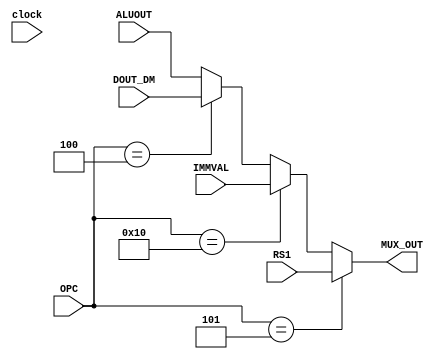
module finalmux(MUX_OUT, RS1,IMMVAL,DOUT_DM,ALUOUT,OPC,clock);
input [31:0]RS1;
input [31:0]IMMVAL;
input [31:0]DOUT_DM;
input [31:0]ALUOUT;
input [5:0]OPC;
input clock;
output [31:0]MUX_OUT;
reg [31:0]MUX_OUT;
reg [31:0]rs1;
reg [31:0]immval;
reg [31:0]dout_dm;
reg [31:0]aluout;


parameter NOP = 6'b0;
parameter ADD = 6'b1;
parameter SUB = 6'b10;
parameter STORE = 6'b11;
parameter LOAD= 6'b100;
parameter MOVE = 6'b101;
parameter SGE = 6'b110;
parameter SLE = 6'b111;
parameter SGT = 6'b1000;
parameter SLT = 6'b1001;
parameter SEQ = 6'b1010;
parameter SNE = 6'b1011;
parameter AND = 6'b1100;
parameter OR = 6'b1101;
parameter XOR= 6'b1110;
parameter NOT = 6'b1111;
parameter MOVEI = 6'b10000;
parameter SLI = 6'b10001;
parameter SRI = 6'b10010;
parameter ADDI = 6'b10011;
parameter SUBI = 6'b10100;
parameter JUMP = 6'b10101;
parameter BRA = 6'b10110;
parameter ADDF = 6'b10111;
parameter MULF = 6'b 11000;

/*always @(posedge clock)
begin
rs1<=RS1;
end

always @(posedge clock)
begin
immval<=IMMVAL;
end

always @(posedge clock)
begin
dout_dm<=DOUT_DM;
end

always @(posedge clock)
begin
aluout<=ALUOUT;
end*/

always@(OPC)
begin
if(OPC == MOVE)
MUX_OUT<=RS1;

else if (OPC==MOVEI)
MUX_OUT<=IMMVAL;

else if(OPC==LOAD)
MUX_OUT<=DOUT_DM;

else
MUX_OUT<=ALUOUT;
end
endmodule